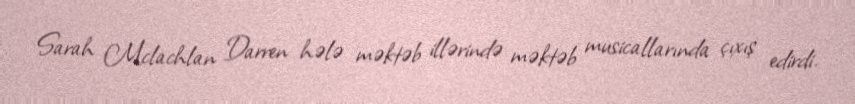
Sarah Mclachlan Darren hələ məktəb illərində məktəb musicallarında çıxış edirdi.